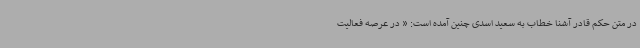
در متن حکم قادر آشنا خطاب به سعید اسدی چنین آمده است: « در عرصه فعالیت